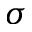
\sigma